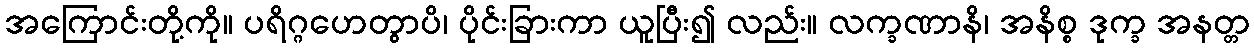
အကြောင်းတို့ကို။ ပရိဂ္ဂဟေတွာပိ၊ ပိုင်းခြားကာ ယူပြီး၍ လည်း။ လက္ခဏာနိ၊ အနိစ္စ ဒုက္ခ အနတ္တ